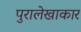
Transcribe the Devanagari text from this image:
पुरालेखाकार